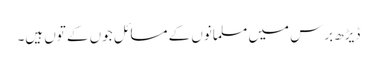
ڈیڑھ برس میں مسلمانوں کے مسائل جوں کے توں ہیں۔